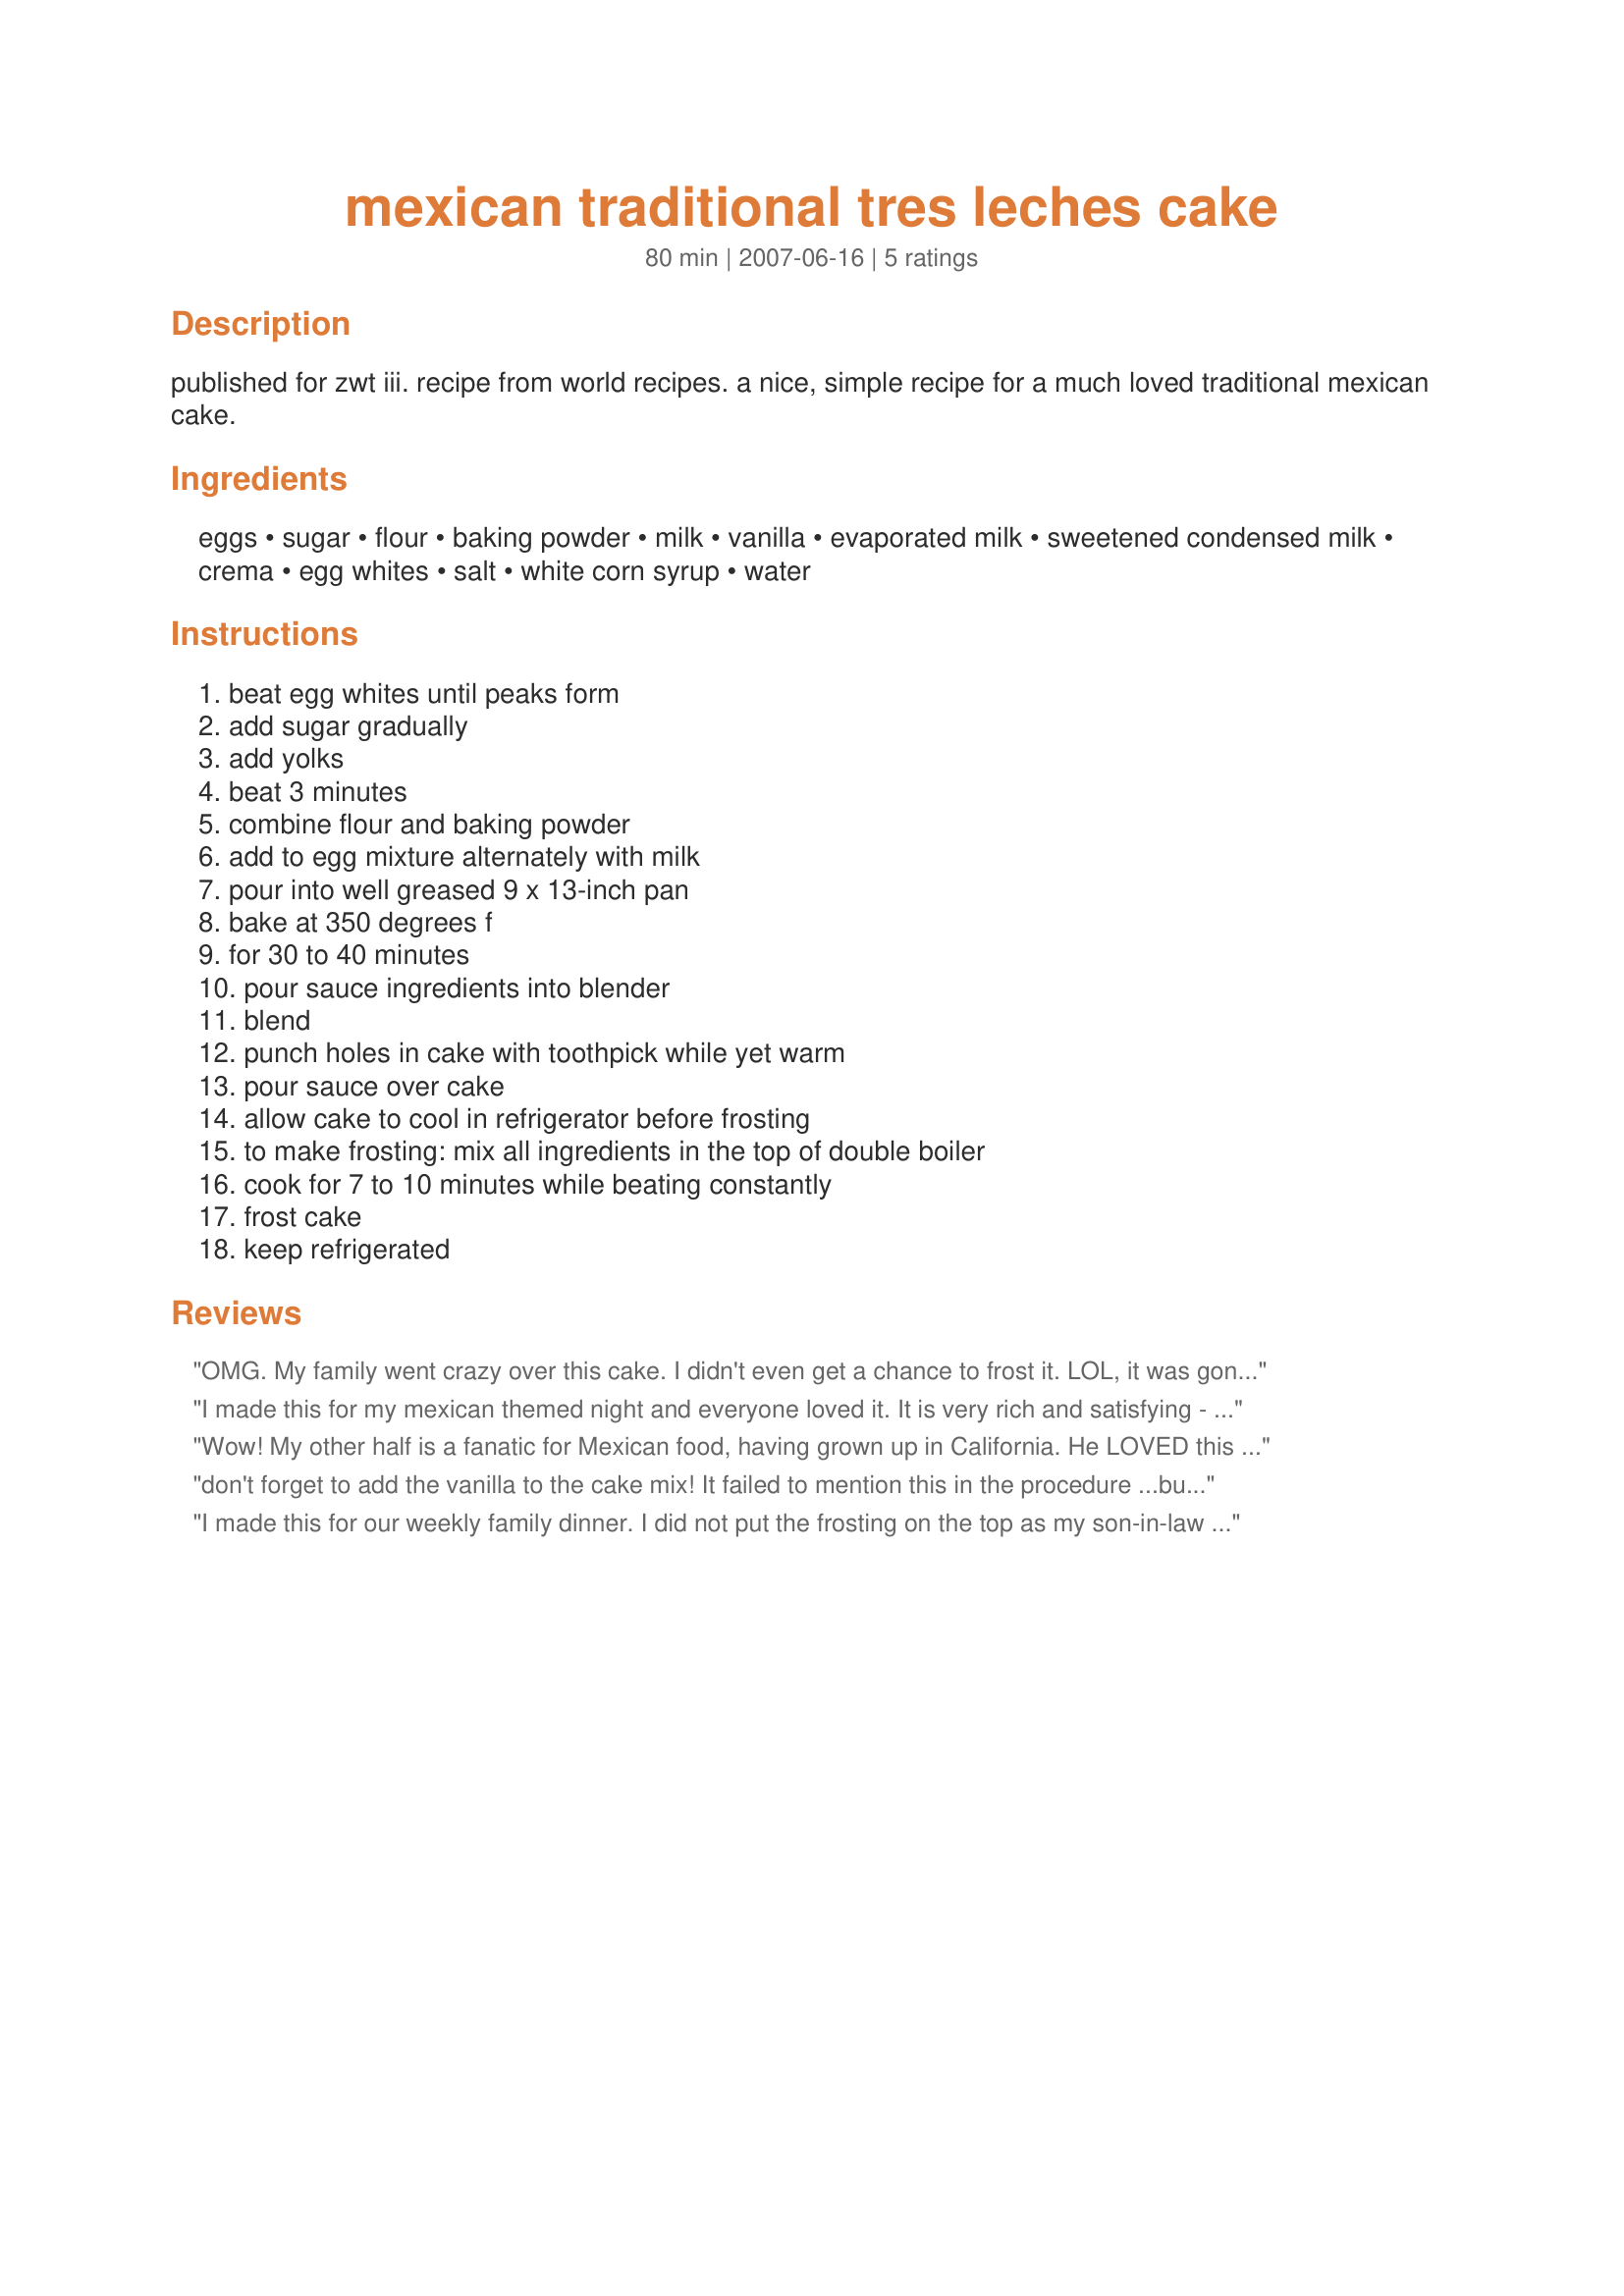
mexican traditional tres leches cake
Preparation time: 80 minutes

published for zwt iii. recipe from world recipes. a nice, simple recipe for a much loved traditional mexican cake.

Ingredients:
eggs, sugar, flour, baking powder, milk, vanilla, evaporated milk, sweetened condensed milk, crema, egg whites, salt, white corn syrup, water

Steps:
beat egg whites until peaks form, add sugar gradually, add yolks, beat 3 minutes, combine flour and baking powder, add to egg mixture alternately with milk, pour into well greased 9 x 13-inch pan, bake at 350 degrees f, for 30 to 40 minutes, pour sauce ingredients into blender, blend, punch holes in cake with toothpick while yet warm, pour sauce over cake, allow cake to cool in refrigerator before frosting, to make frosting: mix all ingredients in the top of double boiler, cook for 7 to 10 minutes while beating constantly, frost cake, keep refrigerated

Reviews:
OMG. My family went crazy over this cake. I didn't even get a chance to frost it. LOL, it was gone. This was the first time I ever made one of these and I made it for Thanksgiving. It didn't stand a chance. I'm now the designated Tres' Leche cake maker.
I made this for my mexican themed night and everyone loved it.

It is very rich and satisfying - you can't eat too much of it after 4 courses of mexican food lol.

TY
Wow! My other half is a fanatic for Mexican food, having grown up in California. He LOVED this cake. He's had it several times before at different restaraunts and said this recipe was just as good. I cheated on the topping and used cool whip. I didn't find crema, so I used a pint of whipping cream. I put mandarin oranges and kiwi on top. My only issue was the cake was a lot more wet in the center than on the sides. Anyone have any suggestions on how to even it out a bit?
don't forget to add the vanilla to the cake mix! It failed to mention this in the procedure ...but I, being a Seasoned Chef, knew that it should have been done at the same time the yolks were added..happy baking!
I made this for our weekly family dinner. I did not put the frosting on the top as my son-in-law said that his family (from Mexico) does not do that. This cake was a HIT! Everyone dovoured it. Thank you for posting it.
